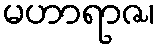
မဟာရာဇ၊